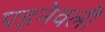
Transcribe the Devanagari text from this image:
पड़नेवली